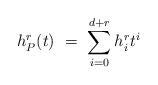
LaTeX: \begin{align*}h^{r}_P (t)\ = \ \sum _{i=0}^{d+r}h^{r}_it^i\end{align*}